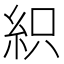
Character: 𥿗